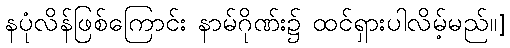
နပုံလိန်ဖြစ်ကြောင်း နာမ်ဂိုဏ်း၌ ထင်ရှားပါလိမ့်မည်။]